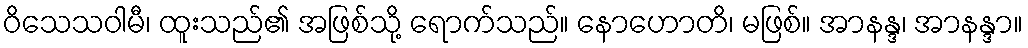
ဝိသေသဝါမီ၊ ထူးသည်၏ အဖြစ်သို့ ရောက်သည်။ နောဟောတိ၊ မဖြစ်။ အာနန္ဒ၊ အာနန္ဒာ။